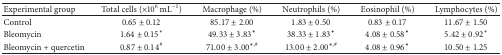
<table><thead><tr><td><b>Experimental group</b></td><td><b>Total cells (×10<sup>6</sup> mL<sup>−1</sup>)</b></td><td><b>Macrophage (%)</b></td><td><b>Neutrophils (%)</b></td><td><b>Eosinophil (%)</b></td><td><b>Lymphocytes (%)</b></td></tr></thead><tbody><tr><td>Control</td><td>0.65 ± 0.12</td><td>85.17 ± 2.00</td><td>1.83 ± 0.50</td><td>0.83 ± 0.17</td><td>11.67 ± 1.50</td></tr><tr><td>Bleomycin</td><td>1.64 ± 0.15*</td><td>49.33 ± 3.83*</td><td>38.33 ± 1.83*</td><td>4.08 ± 0.58*</td><td>5.42 ± 0.92*</td></tr><tr><td>Bleomycin + quercetin</td><td>0.87 ± 0.14<sup>#</sup></td><td>71.00 ± 3.00<sup>∗,#</sup></td><td>13.00 ± 2.00<sup>∗,#</sup></td><td>4.08 ± 0.96*</td><td>10.50 ± 1.25</td></tr></tbody></table>